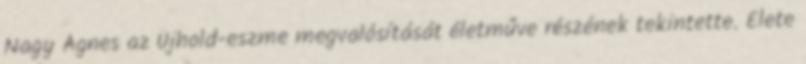
Nagy Ágnes az Újhold-eszme megvalósítását életműve részének tekintette. Élete